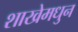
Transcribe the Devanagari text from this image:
शाखेमधुन